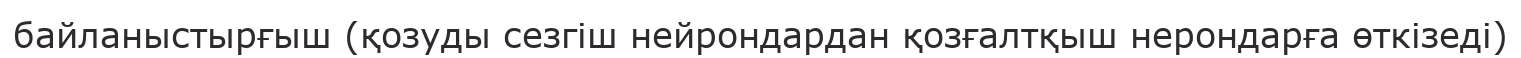
байланыстырғыш (қозуды сезгіш нейрондардан қозғалтқыш нерондарға өткізеді)